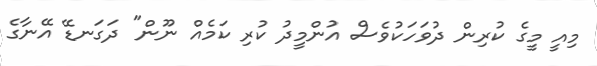
މިއީ މީގެ ކުރިން ދުވަހަކުވެސް އުންމީދު ކުރި ކަމެއް ނޫން" ދަގަނޑޭ އޭނާގެ